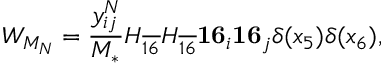
W _ { M _ { N } } = \frac { y _ { i j } ^ { N } } { M _ { * } } H _ { \overline { { { 1 6 } } } } H _ { \overline { { { 1 6 } } } } { \bf 1 6 } _ { i } { \bf 1 6 } _ { j } \delta ( x _ { 5 } ) \delta ( x _ { 6 } ) ,